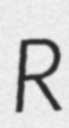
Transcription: R